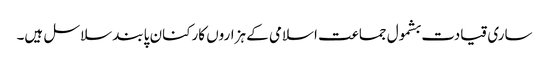
ساری قیادت بشمول جماعت اسلامی کے ہزاروں کارکنان پابند سلاسل ہیں۔